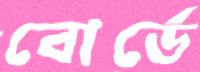
বোর্ডে